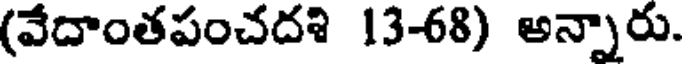
(వేదాంతపంచదశి 13-68) అన్నారు.